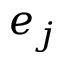
e _ { j }